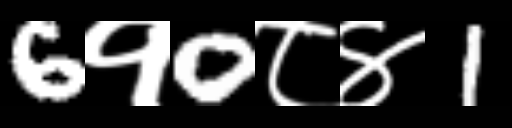
Text: 6१0८४1